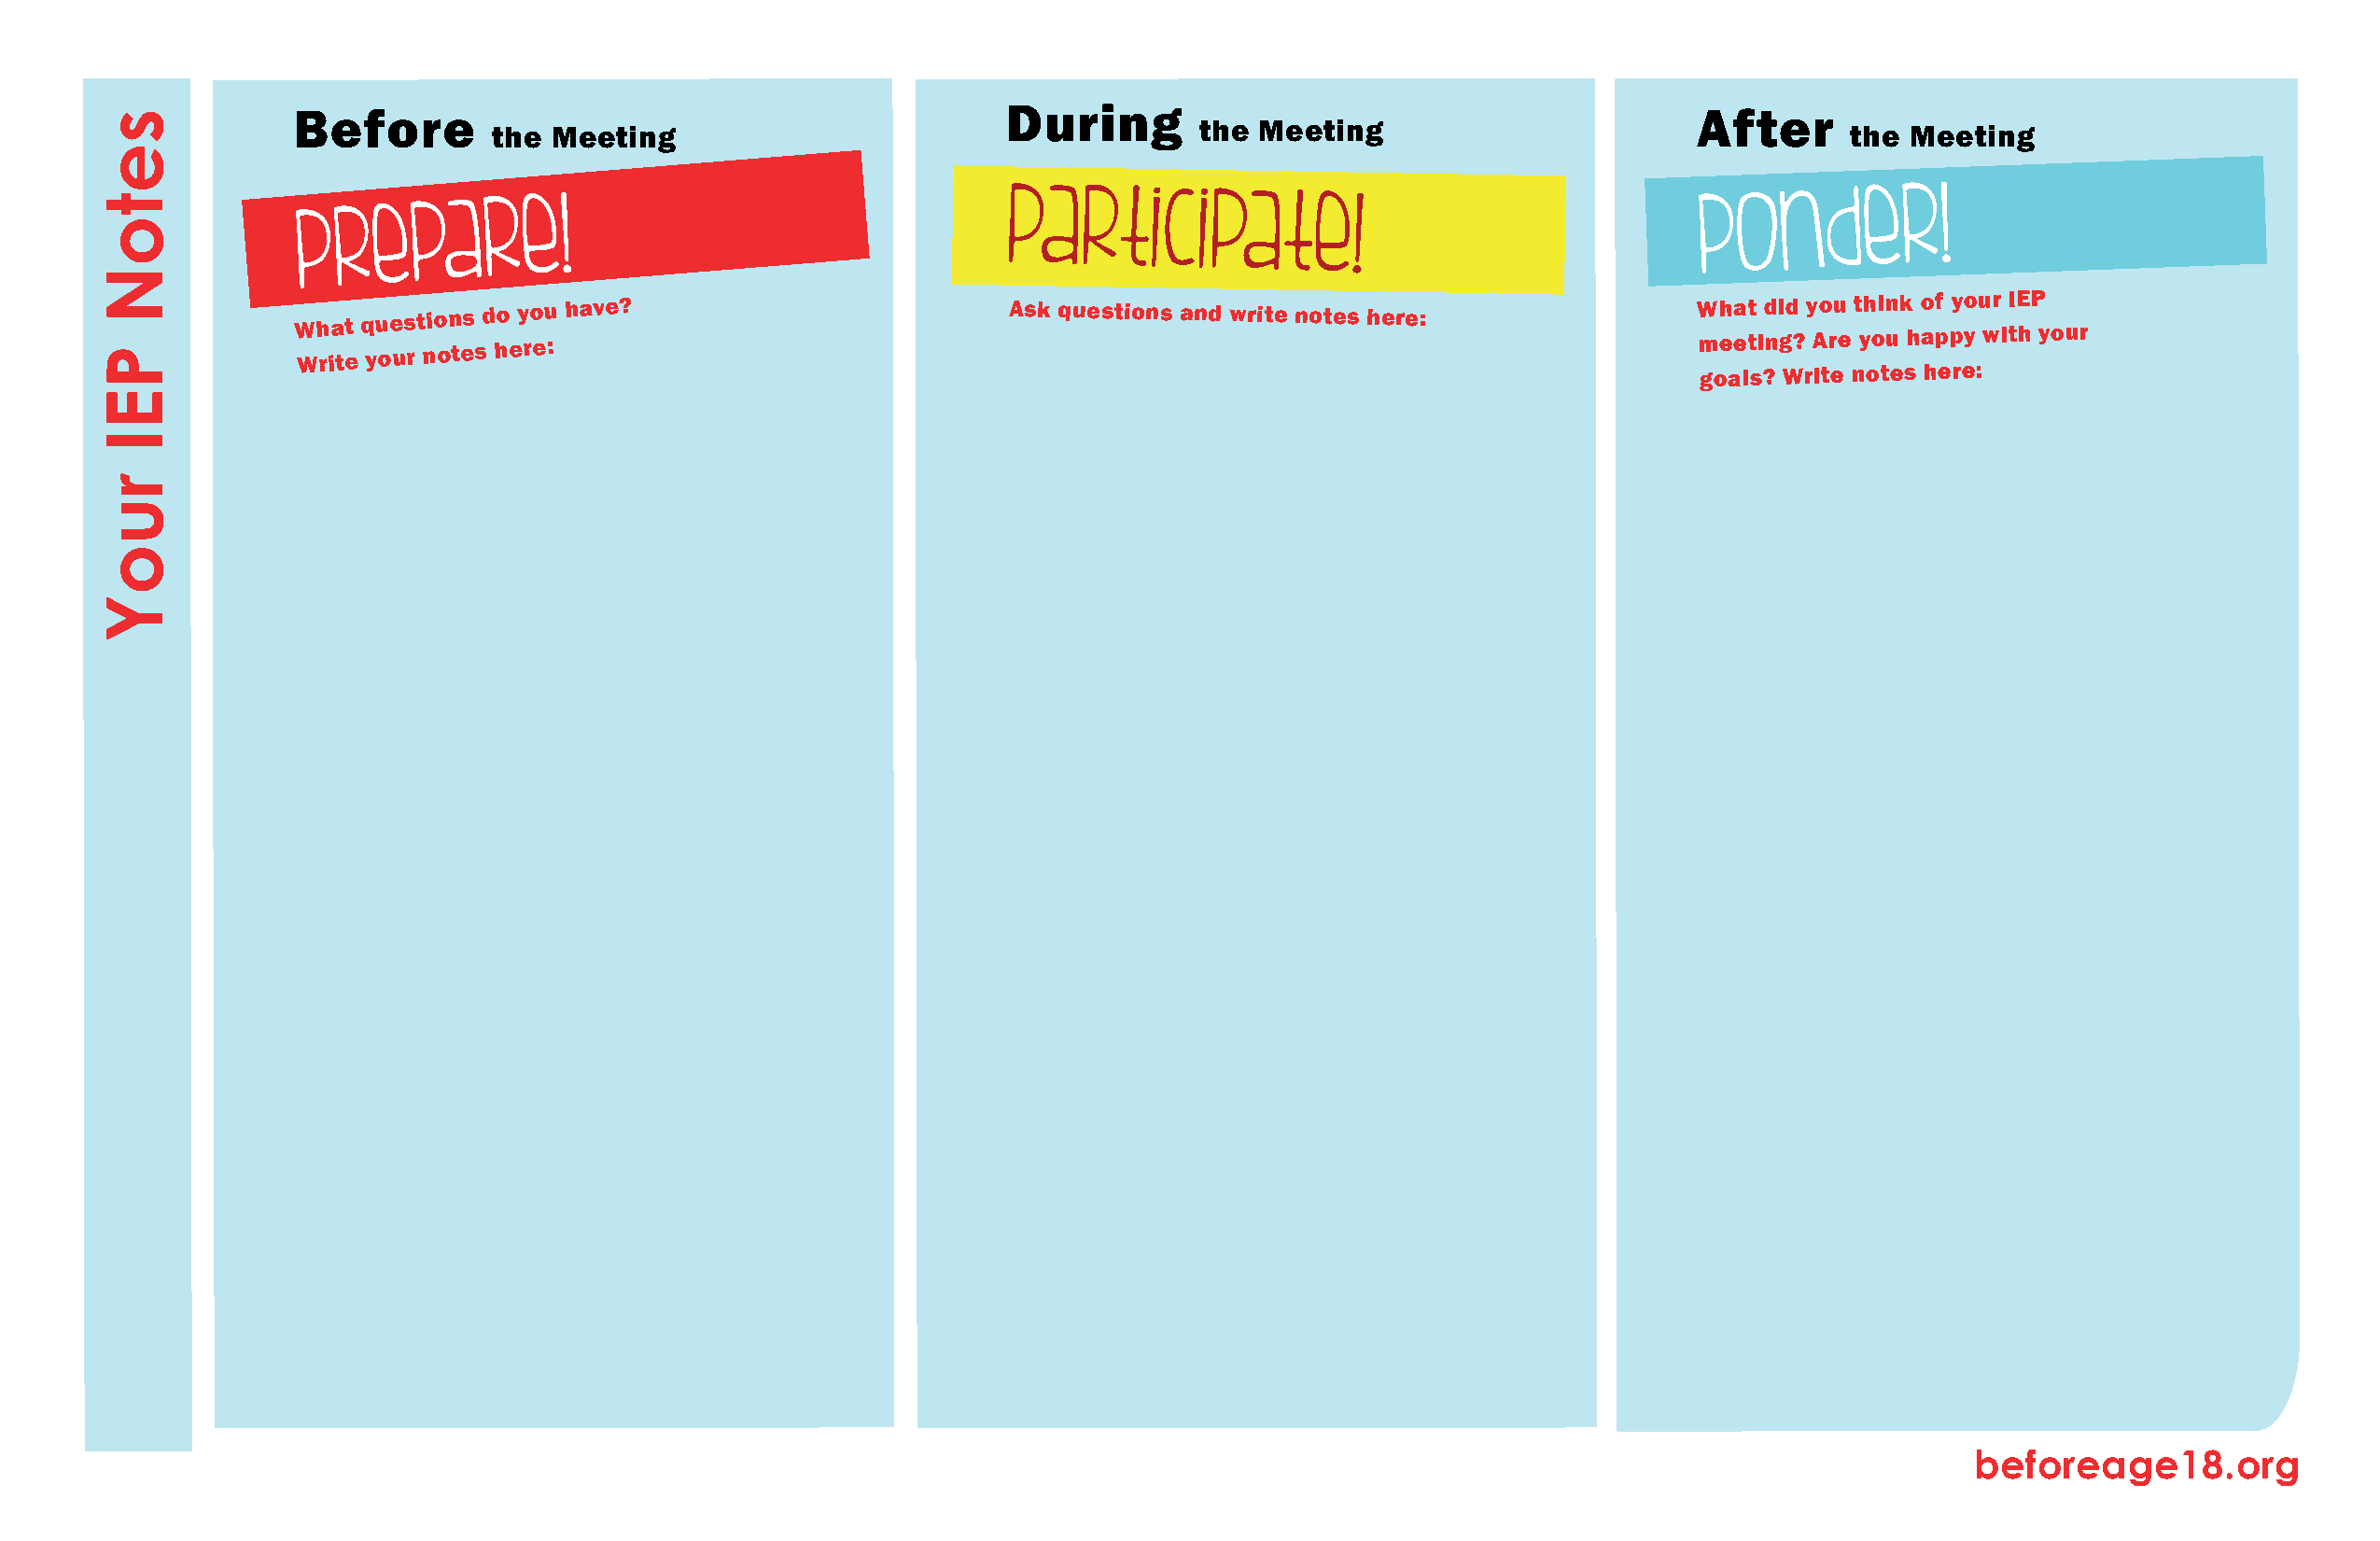
Before                                            During                                           After
 the Meeting                                       the Meeting                                   the Meeting
 P  r  e pa    r e  !                              Participate!                                      p o   n  d e  r  !
 W Wh ria tet q yu oe us r t nio on tes s d ho e y ro eu : have? Ask questions and write notes here: W mh eea tt i d ni gd ? y Ao ru e t yh oin uk h o af p pyo y u wr i I tE hP your
 goals? Write notes here:
 beforeage18.org
 setoN
 PEI
 ruoY